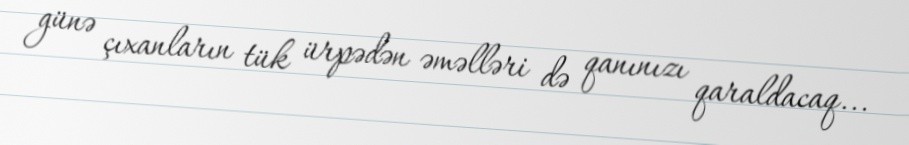
günə çıxanların tük ürpədən əməlləri də qanınızı qaraldacaq...